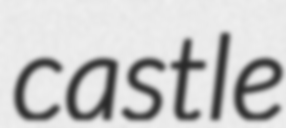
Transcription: castle